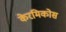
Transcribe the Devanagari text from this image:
केरमिकोस